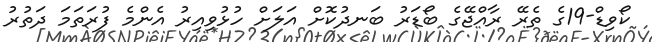
ކޯވިޑް-19ގެ ތެރޭ ރާއްޖޭގެ ބޯޑަރު ބަނދުކޮށް އަލަށް ހުޅުވިއިރު އެންމެ ފުރަތަމަ ދަތުރު